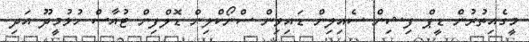
މީގެއިތުރުން ޑީޕް ފިޝިން ސެއިލިން ޑައިވިން ސްނޯކްލިން ޑޮލްފިން ޓުއާސް ހުޅުމީދޫ އަދި